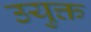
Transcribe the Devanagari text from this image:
उयुक्त